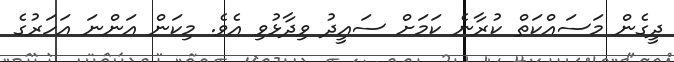
ދީގެން މަސައްކަތް ކުރާނެ ކަމަށް ސައީދު ވިދާޅުވި އެވެ. މިކަން އަންނަ އަހަރުގެ